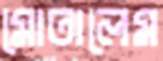
মোতালেম